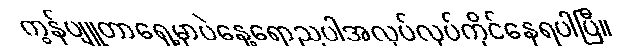
ကွန်ပျူတာရှေ့မှာပဲနေ့ရောညပါအလုပ်လုပ်ကိုင်နေရပါပြီ။